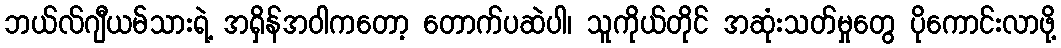
ဘယ်လ်ဂျီယမ်သားရဲ့ အရှိန်အဝါကတော့ တောက်ပဆဲပါ၊ သူကိုယ်တိုင် အဆုံးသတ်မှုတွေ ပိုကောင်းလာဖို့